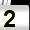
Digit: 2